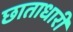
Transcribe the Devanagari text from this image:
छाताधारी